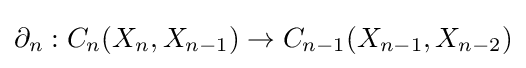
\partial _{n}:{C_{n}}(X_{n},X_{n-1})\to {C_{n-1}}(X_{n-1},X_{n-2})